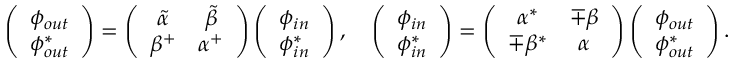
\left( \begin{array} { c } { { \phi _ { o u t } } } \\ { { \phi _ { o u t } ^ { * } } } \end{array} \right) = \left( \begin{array} { c c } { { \tilde { \alpha } } } & { { \tilde { \beta } } } \\ { { \beta ^ { + } } } & { { \alpha ^ { + } } } \end{array} \right) \left( \begin{array} { c } { { \phi _ { i n } } } \\ { { \phi _ { i n } ^ { * } } } \end{array} \right) , \quad \left( \begin{array} { c } { { \phi _ { i n } } } \\ { { \phi _ { i n } ^ { * } } } \end{array} \right) = \left( \begin{array} { c c } { { \alpha ^ { * } } } & { { \mp \beta } } \\ { { \mp \beta ^ { * } } } & { { \alpha } } \end{array} \right) \left( \begin{array} { c } { { \phi _ { o u t } } } \\ { { \phi _ { o u t } ^ { * } } } \end{array} \right) .